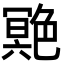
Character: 䒌